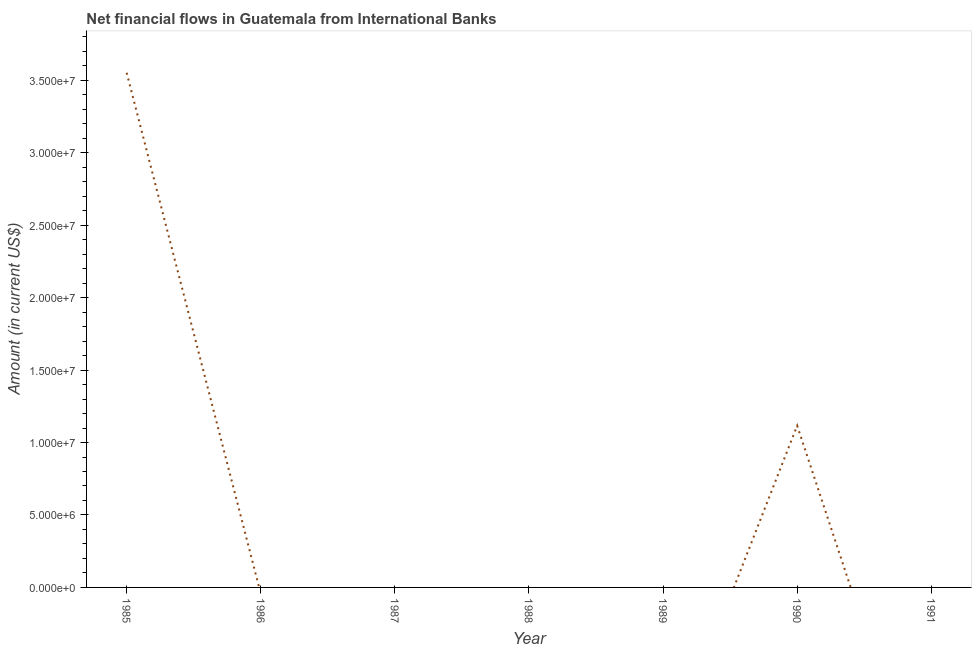
| Year | Net financial flows from IBRD |
 | --- | --- |
 | 1985 | 3.55e+07 |
 | 1986 | -4.35e+05 |
 | 1987 | -1.06e+07 |
 | 1988 | -2.24e+07 |
 | 1989 | -1.25e+07 |
 | 1990 | 1.12e+07 |
 | 1991 | -1.68e+07 |